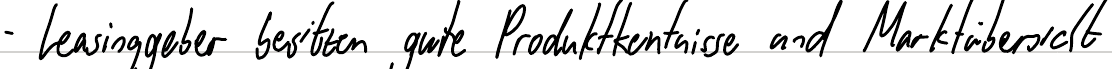
- Leasinggeber besitzen gute Produktkentnisse und Marktübersicht